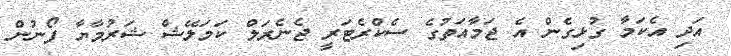
އަދި އެކަމާ ގުޅިގެން އެ ޖަމާއަތުގެ ސެކްރެޓަރީ ޖެނެރަލް ކަމަލޭޝް ޝަރުމާޔާ ފޯނުން